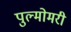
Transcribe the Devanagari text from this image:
पुल्मोमरी